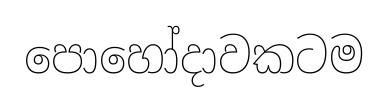
පොහෝදාවකටම